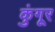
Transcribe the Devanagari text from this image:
कुंगूर